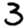
Digit: 3